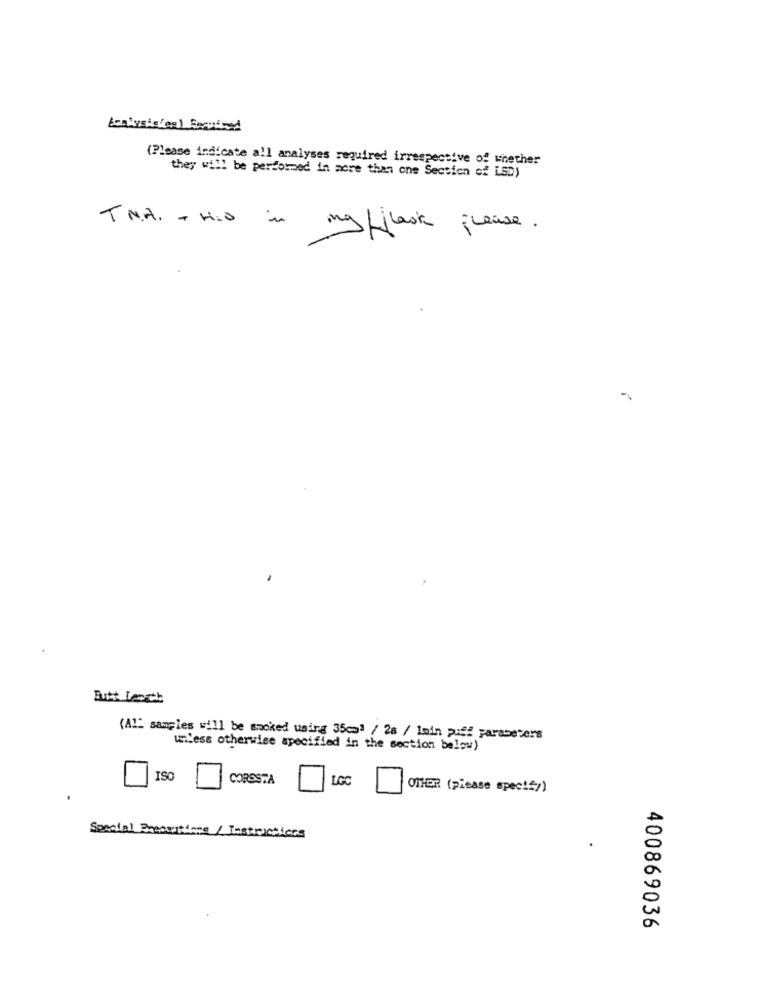
(Please indicate all analyses required irrespective of whether
they will be performed in more than one Section of LSD)
TNA. + HIO in
mg /jlook please .
Butt Length
(Al" samples will be smoked using 35cm3 / 28 / 1min puff parameters
unless otherwise specified in the section below)
ISO
CORSSTA
LGC
OTHER (pisase specif))
Special Pressations / Testruchicas
400869036